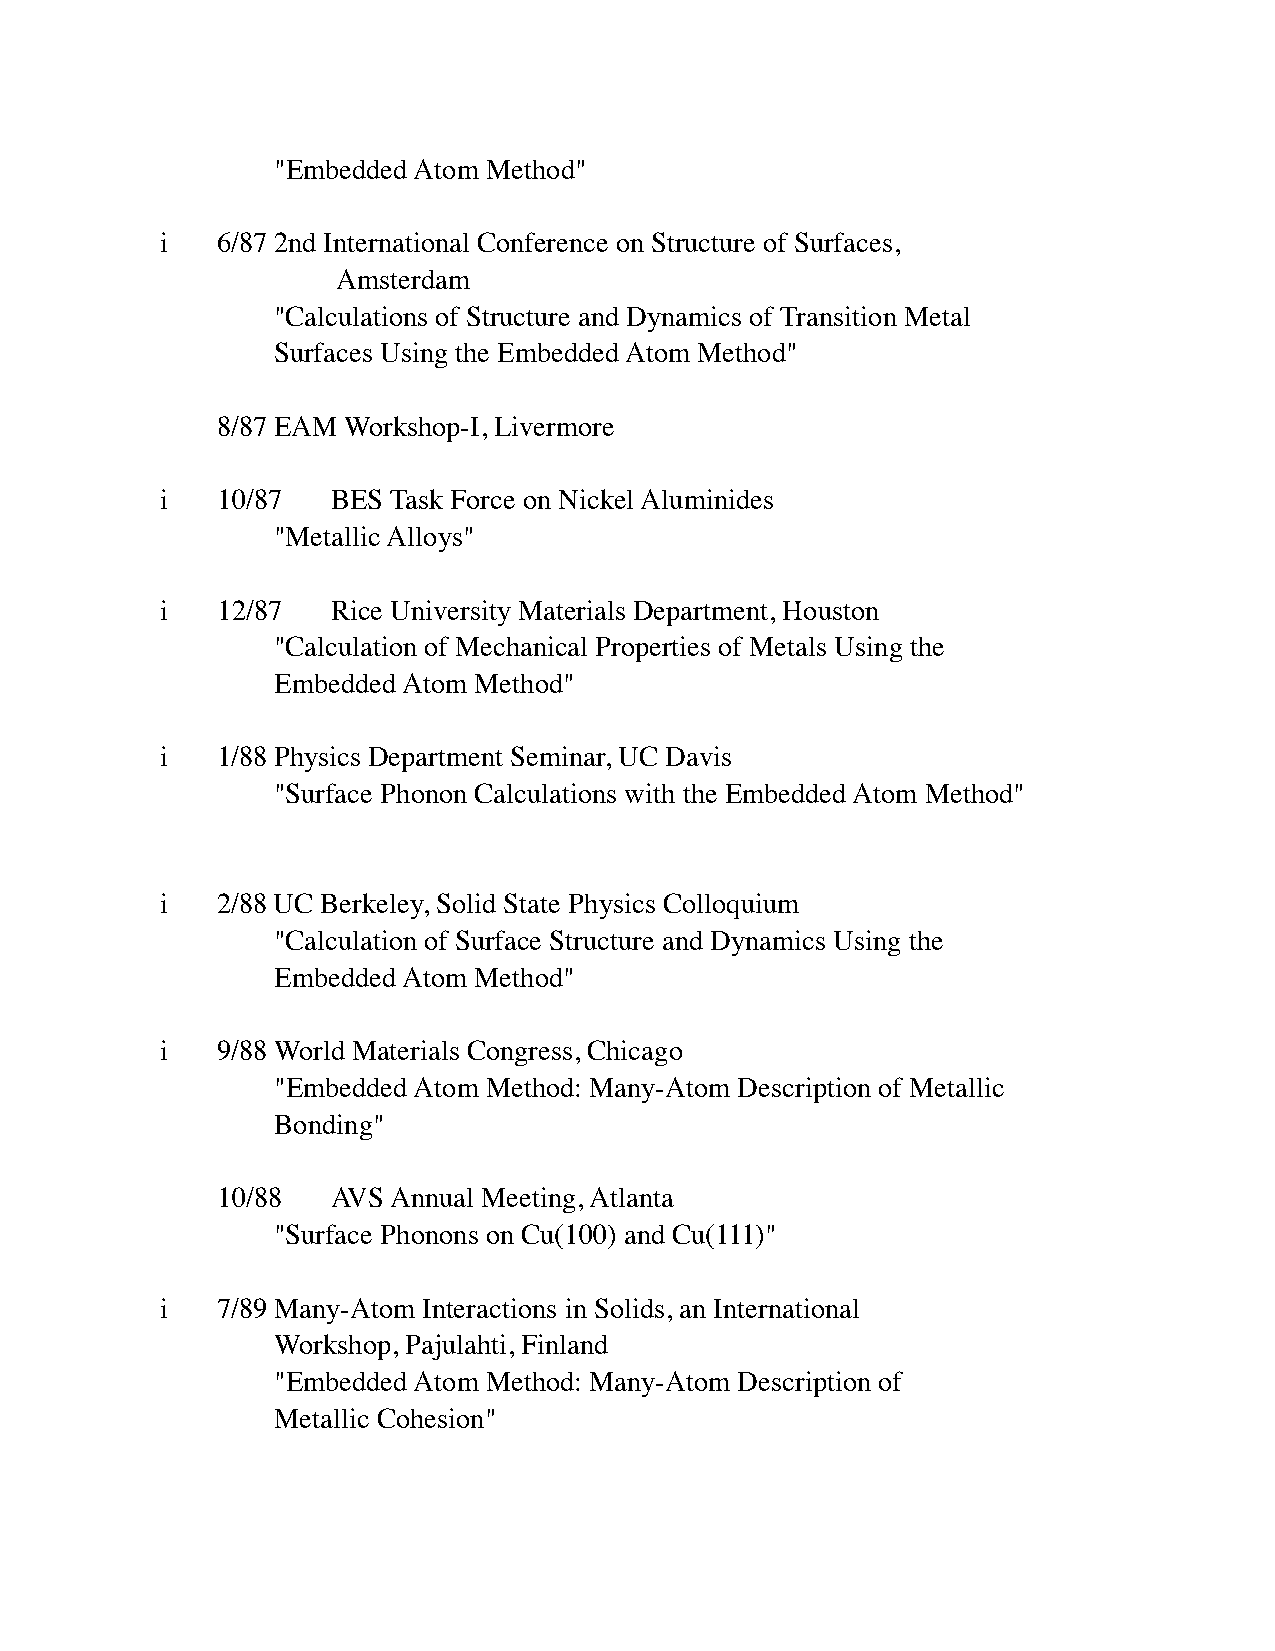
"Embedded Atom Method"
 i  6/87 2nd International Conference on Structure of Surfaces,
 Amsterdam
 "Calculations of Structure and Dynamics of Transition Metal
 Surfaces Using the Embedded Atom Method"
 8/87 EAM Workshop-I, Livermore
 i  10/87   BES Task Force on Nickel Aluminides
 "Metallic Alloys"
 i  12/87   Rice University Materials Department, Houston
 "Calculation of Mechanical Properties of Metals Using the
 Embedded Atom Method"
 i  1/88 Physics Department Seminar, UC Davis
 "Surface Phonon Calculations with the Embedded Atom Method"
 i  2/88 UC Berkeley, Solid State Physics Colloquium
 "Calculation of Surface Structure and Dynamics Using the
 Embedded Atom Method"
 i  9/88 World Materials Congress, Chicago
 "Embedded Atom Method: Many-Atom Description of Metallic
 Bonding"
 10/88   AVS Annual Meeting, Atlanta
 "Surface Phonons on Cu(100) and Cu(111)"
 i  7/89 Many-Atom Interactions in Solids, an International
 Workshop, Pajulahti, Finland
 "Embedded Atom Method: Many-Atom Description of
 Metallic Cohesion"